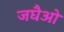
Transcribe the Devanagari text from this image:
जघैओ